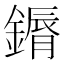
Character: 䥎